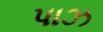
પાઝ